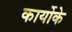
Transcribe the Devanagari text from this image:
कार्योके